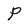
Character: P